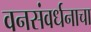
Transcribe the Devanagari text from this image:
वनसंवर्धनाचा